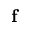
\textbf { f }